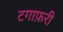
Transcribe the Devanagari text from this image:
टगाफ़री